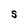
Character: S